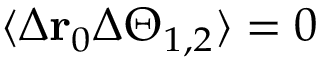
\langle \Delta \mathbf { r } _ { 0 } \Delta \Theta _ { 1 , 2 } \rangle = 0